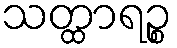
သတ္ထာရဉ္စ